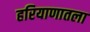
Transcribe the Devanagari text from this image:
हरियाणातला